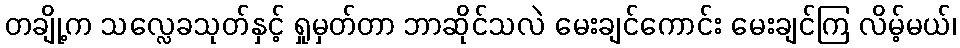
တချို့က သလ္လေခသုတ်နှင့် ရှုမှတ်တာ ဘာဆိုင်သလဲ မေးချင်ကောင်း မေးချင်ကြ လိမ့်မယ်၊